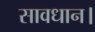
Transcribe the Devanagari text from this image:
सावधान।